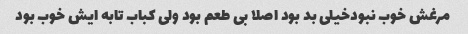
مرغش خوب نبودخیلی بد بود اصلا بی طعم بود ولی کباب تابه ایش خوب بود